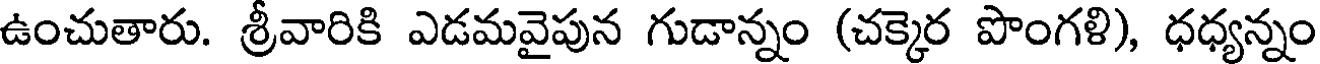
ఉంచుతారు. శ్రీవారికి ఎడమవైపున గుడాన్నం (చక్కెర పొంగళి), ధధ్యన్నం